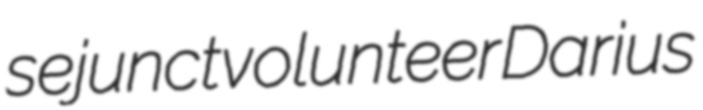
sejunct volunteer Darius